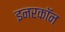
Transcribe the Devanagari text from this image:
इनरकॉन